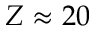
Z \approx 2 0